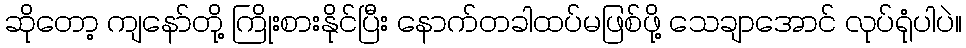
ဆိုတော့ ကျနော်တို့ ကြိုးစားနိုင်ပြီး နောက်တခါထပ်မဖြစ်ဖို့ သေချာအောင် လုပ်ရုံပါပဲ။